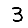
Digit: 3